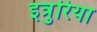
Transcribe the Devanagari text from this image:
इत्रुरिया